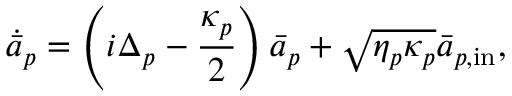
\dot { \bar { a } } _ { p } = \left( i \Delta _ { p } - \frac { \kappa _ { p } } { 2 } \right) \bar { a } _ { p } + \sqrt { \eta _ { p } \kappa _ { p } } \bar { a } _ { p , \mathrm { i n } } ,